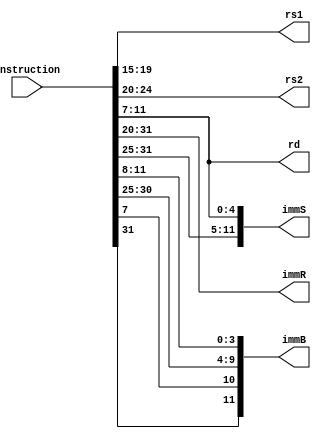
module inst_decoder (instruction, rs1, rs2, rd, immR, immS, immB);
input[31:0] instruction;

output wire[4:0] rs1, rs2, rd;
output wire[11:0] immR, immS, immB;

assign rd = instruction[11:7];
assign rs1 = instruction[19:15];
assign rs2 = instruction[24:20];
assign immR = instruction[31:20];
assign immS = {instruction[31:25], instruction[11:7]};
assign immB = {instruction[31], instruction[7], instruction[30:25], instruction[11:8]};

endmodule